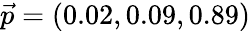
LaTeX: \vec{p}=(0.02,0.09,0.89)